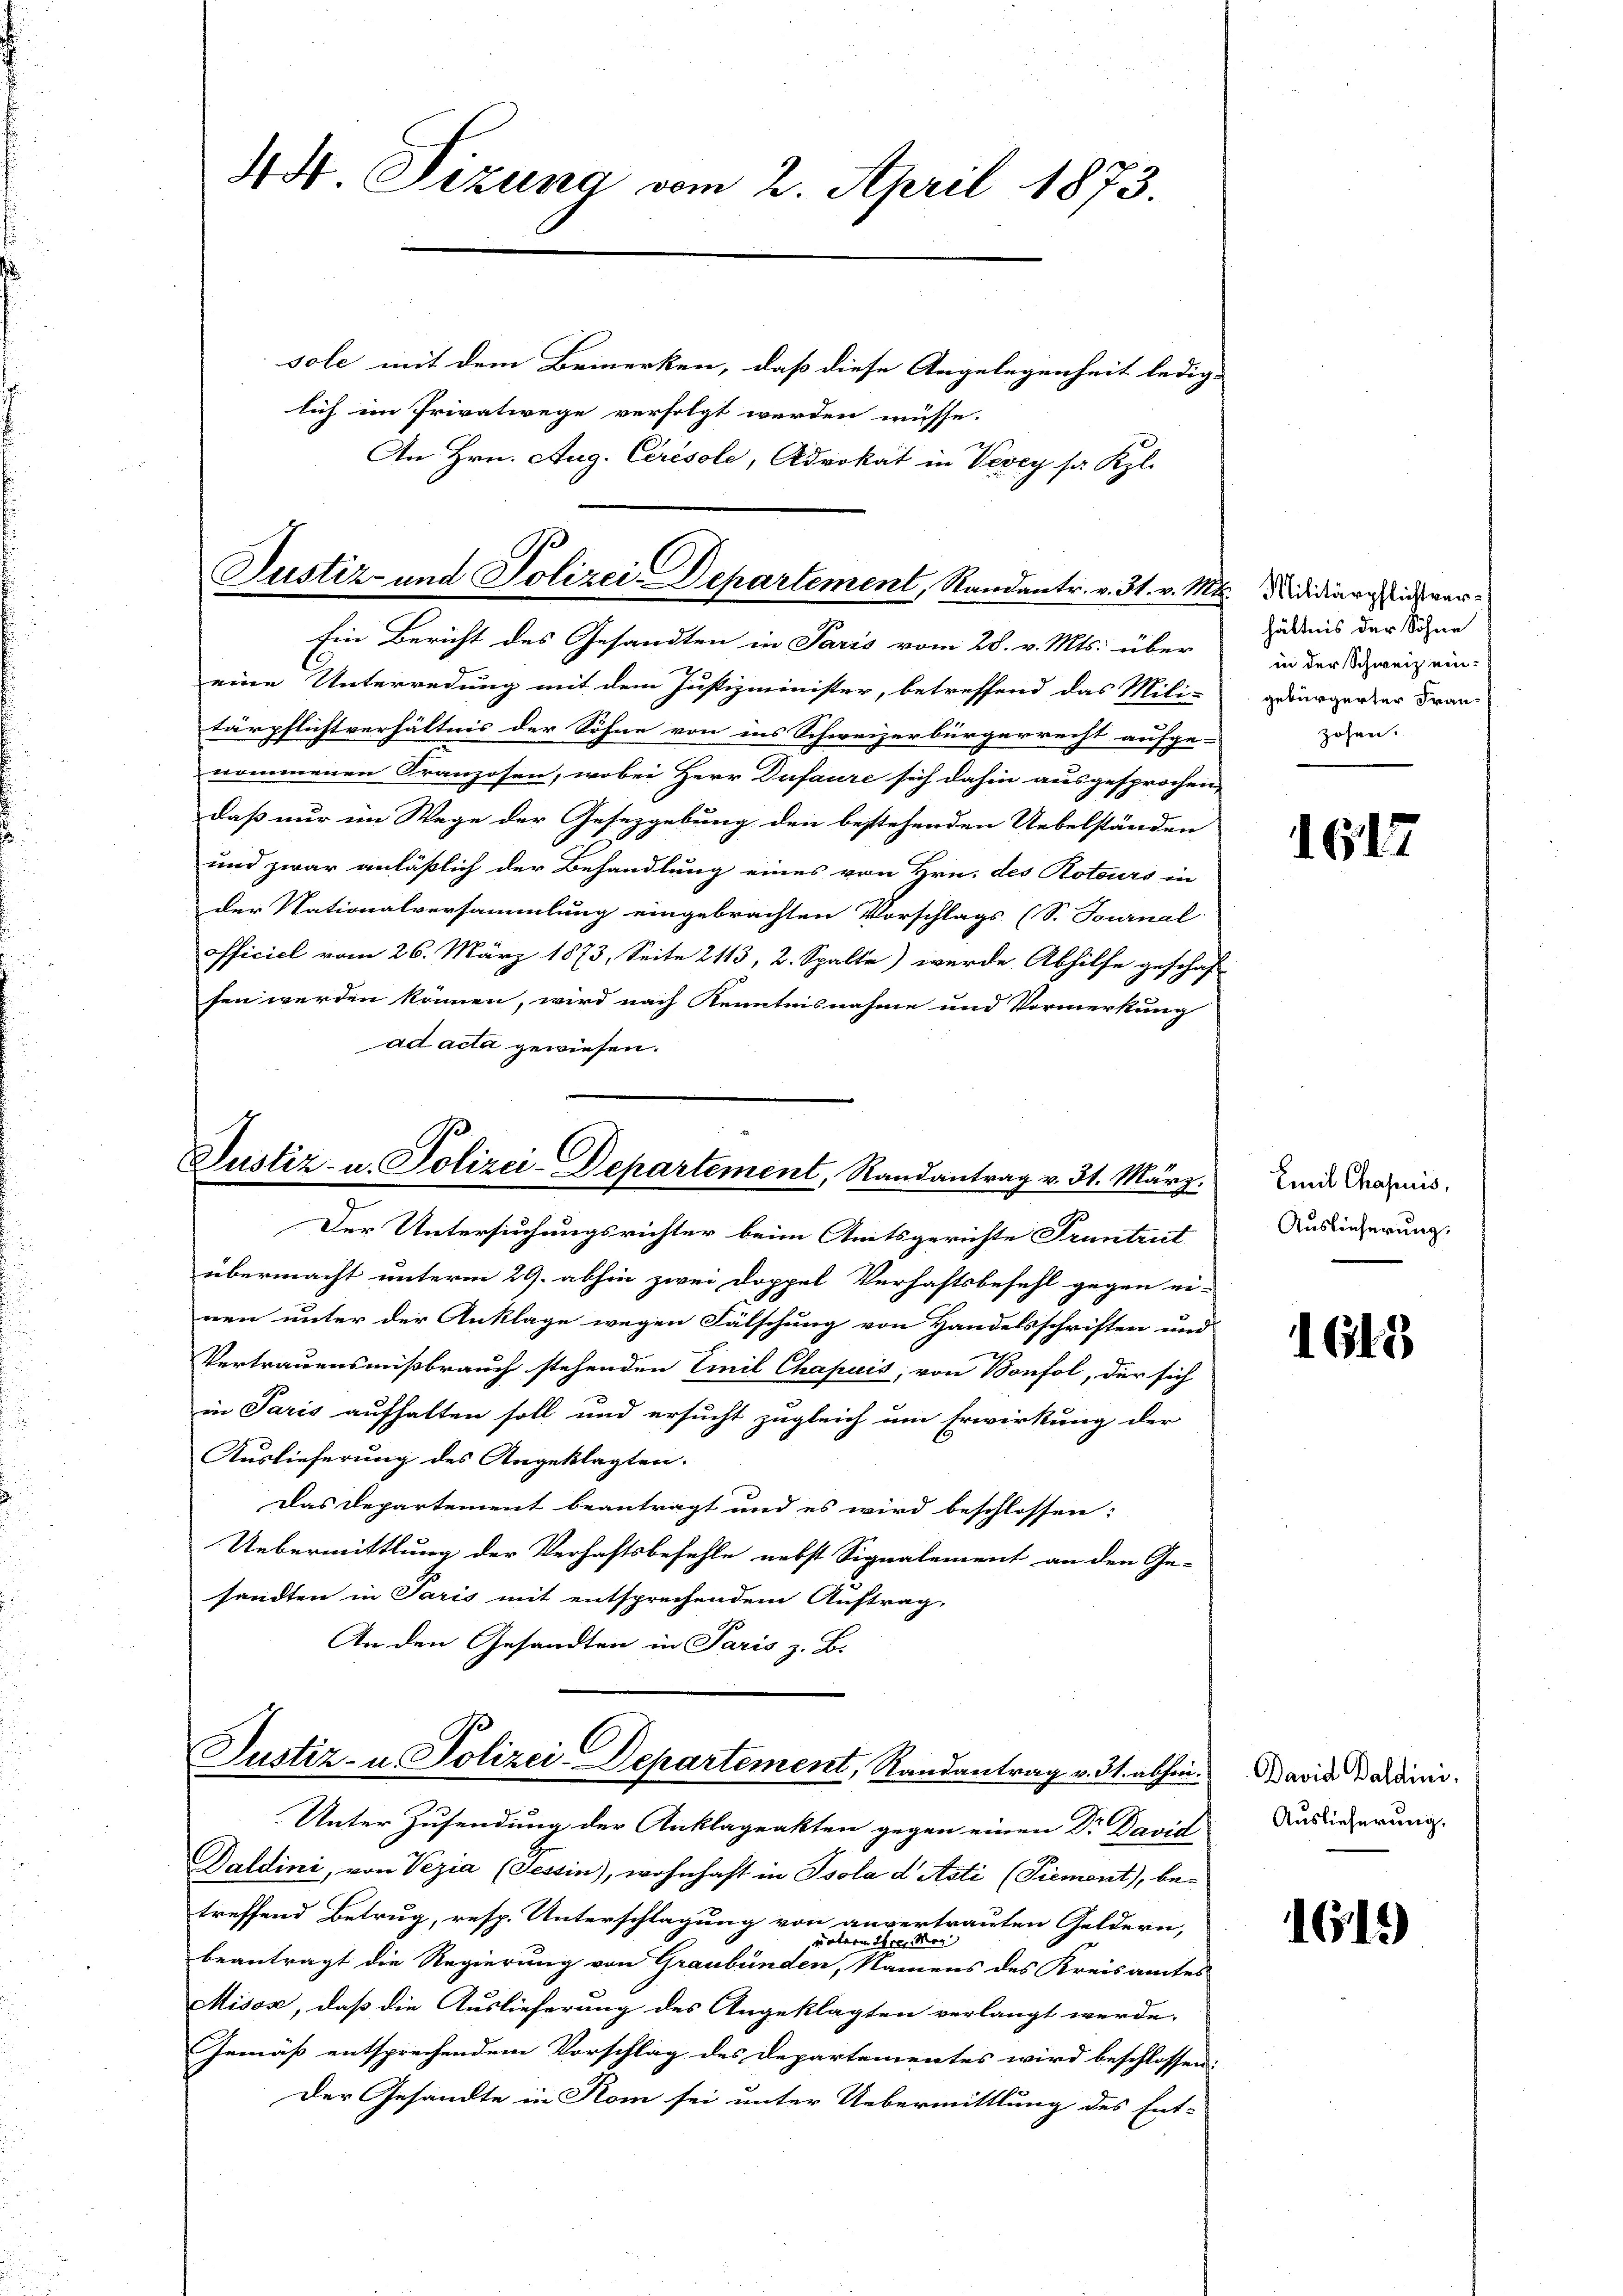
44 Sizung vom 2. April 1873.
sole mit dem Bemerken, daß diese Angelegenheit ledig-
lich im Privatwege verfolgt werden müsse.

An Hrn. Aug. Cirésole, Advokat in Vevey sa Kzl.

Justiz- und Polizei-Departement, Randantr. v. 31. v. Mi
Ein Bericht des Gesandten in Paris vom 28. v. Mts. über

eine Unterredung mit dem Justizminister, betreffend das Mili-
tärpflichtverhältnis der Söhne von ins Schweizerbürgerrecht aufge-
nommenen Kranzosen, wobei Herr Dufaure sich dahin ausgesprochen,
daß nur im Wege der Gesezgebung den bestehenden Uebelständen
und zwar anläßlich der Behandlung eines von Hrn. des Rotours in
der Nationalversammlung eingebrachten Vorschlags (S. Tournal
officiel vom 26. März 1873, Seite 2113, 2. Spalte) werde Abhilfe geschaf
sen werden können, wird nach Kenntnisnahme und Vormerkung
ad acta gewiesen.
Justiz- u. Polizei-Departement, Randantrag v. 31. März.
Der Untersuchungsrichter beim Amtsgerichte Pruntrut
übermacht unterm 29. abhin zwei Doppel Verhaftsbefehl gegen ei-
nen unter der Anklage wegen Fälschung von Handelsschriften und
Vertrauensmißbrauch stehenden Emil Chapuis, von Bonfol, der sich
in Paris aufhalten soll und ersucht zugleich um Erwirkung der
Auslieferung des Angeklagten.
Das Departement beantragt und es wird beschlossen:
Uebermittlung der Verhaftsbefehle nebst Signalement an den Ge-
sandten in Paris mit entsprechendem Auftrag,
An den Gesandten in Paris z. B.

Unter Zusendung der Anklageakten gegen einen Dr David
Galdini, von Vezia (Tessin), wohnhaft in Isola d Asti (Piemont), betreffend Betrug, resp. Unterschlagung von anvertrauten Geldern,

von Ihrer Mag
beantragt die Regierung von Graubünden, Namens des Kreisamtes
Misox, daß die Auslieferung des Angeklagten verlangt werde.
Gemäß entsprechendem Vorschlag des Departementes wird beschlossen:
Der Gesandte in Rom sei unter Uebermittlung des Ent-

C
Justiz- u. Polizei-Departement, Randantrag v. 31. abhin.

"Militärpflichtverhältnis der Sohne
in der Schweiz eingebürgerter Franzöhen.

1617

Emil Chasuis,
Auslieferung.

1618

Bavid Baldini
Auslieferung.

1615)